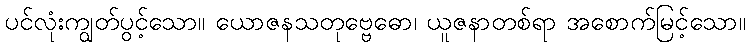
ပင်လုံးကျွတ်ပွင့်သော။ ယောဇနသတုဗ္ဗေဓော၊ ယူဇနာတစ်ရာ အစောက်မြင့်သော။